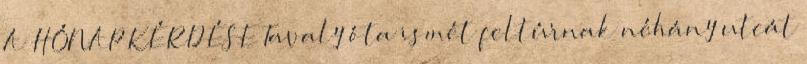
A HÓNAP KÉRDÉSE Tavaly óta ismét feltúrnak néhány utcát